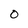
Character: 0